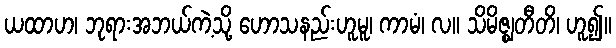
ယထာဟ၊ ဘုရားအဘယ်ကဲ့သို့ ဟောသနည်းဟူမူ၊ ကာမံ၊ လ။ သိမိဇ္ဈတီတိ၊ ဟူ၍။